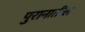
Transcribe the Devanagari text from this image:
पुरानातील